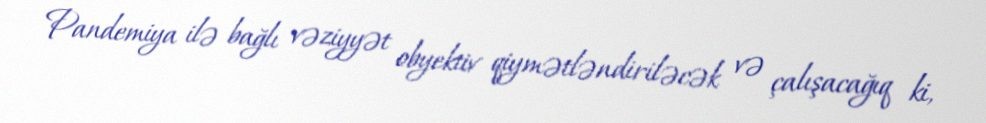
Pandemiya ilə bağlı vəziyyət obyektiv qiymətləndiriləcək və çalışacağıq ki,